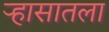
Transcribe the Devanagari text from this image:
र्‍हासातला